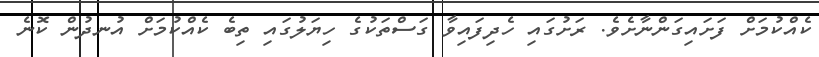
ކެއްކުމަށް ފަށައިގަންނާށެވެ. ރަށުގައި ހެދިފައިވާ ގަސްތަކުގެ ހިޔަލުގައި ތިބެ ކެއްކުމަށް އުނދުން ކޮނެ